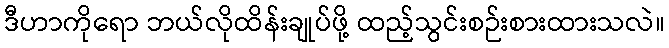
ဒီဟာကိုရော ဘယ်လိုထိန်းချုပ်ဖို့ ထည့်သွင်းစဉ်းစားထားသလဲ။